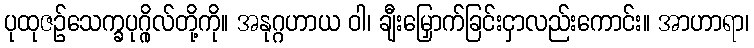
ပုထုဇဉ်သေက္ခပုဂ္ဂိုလ်တို့ကို။ အနုဂ္ဂဟာယ ဝါ၊ ချီးမြှောက်ခြင်းငှာလည်းကောင်း။ အာဟာရာ၊